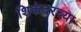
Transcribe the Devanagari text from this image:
शिकंदरच्या